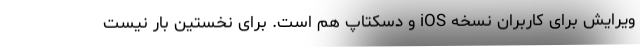
ویرایش برای کاربران نسخه iOS و دسکتاپ هم است. برای نخستین بار نیست